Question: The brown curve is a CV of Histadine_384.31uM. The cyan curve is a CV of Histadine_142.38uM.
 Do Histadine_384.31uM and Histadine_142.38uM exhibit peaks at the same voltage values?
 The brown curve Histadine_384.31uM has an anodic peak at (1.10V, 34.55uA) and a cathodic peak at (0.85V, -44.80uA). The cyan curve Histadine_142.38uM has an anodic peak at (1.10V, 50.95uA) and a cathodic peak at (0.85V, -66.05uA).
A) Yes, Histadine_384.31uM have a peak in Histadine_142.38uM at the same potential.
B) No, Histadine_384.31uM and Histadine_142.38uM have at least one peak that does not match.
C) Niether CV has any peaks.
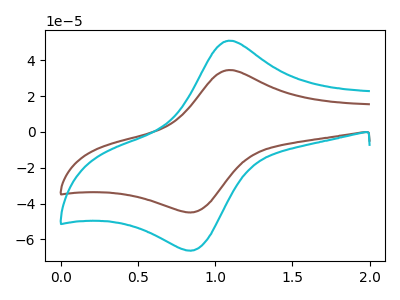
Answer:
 <answer>A) Yes, "Histadine_384.31uM" have a peak in "Histadine_142.38uM" at the same potential.</answer>
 <eval>A</eval>